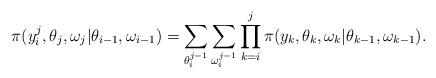
LaTeX: \begin{align*}\pi(y_i^j,\theta_j,\omega_j|\theta_{i-1},\omega_{i-1})=\sum_{\theta_i^{j-1}}\sum_{\omega_i^{j-1}}\prod_{k=i}^j\pi(y_k,\theta_k,\omega_k|\theta_{k-1},\omega_{k-1}).\end{align*}